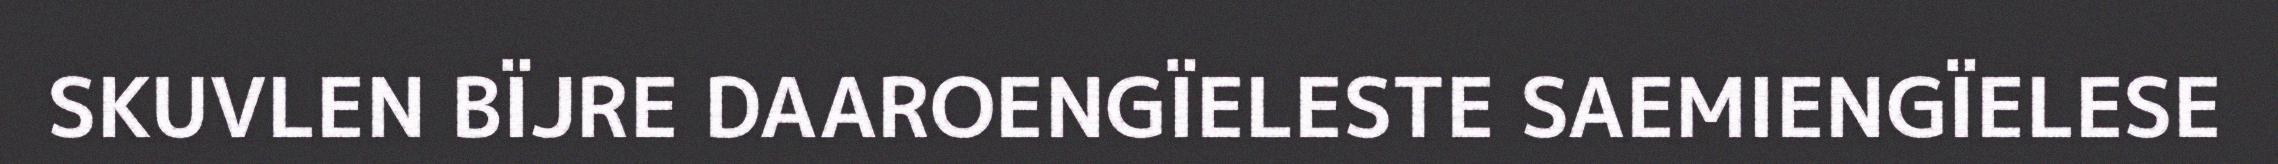
SKUVLEN BÏJRE DAAROENGÏELESTE SAEMIENGÏELESE